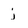
Character: j